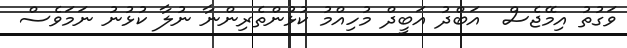
ވަގުތު އިމޭޖެސް  އަބްދު އަބީދް މުހިއްމު ކުޅުންތެރިންނާ ނުލާ ކުޅުނު ނަމަވެސް